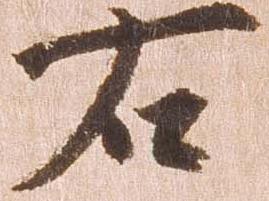
右